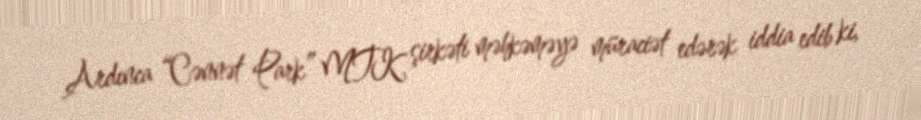
Ardınca “Cənnət Park” MTK şirkəti məhkəməyə müraciət edərək iddia edib ki,